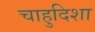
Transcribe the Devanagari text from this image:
चाहुदिशा